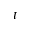
t